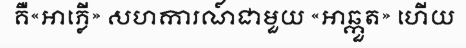
គឺ«អាភ្លើ» សហការណ៍ជាមួយ «អាឆ្កួត» ហើយ